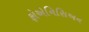
ફોએનિસિઅન